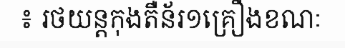
៖ រថយន្តកុងតឺន័រ១គ្រឿងខណៈ